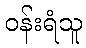
ဝန်းရံသူ